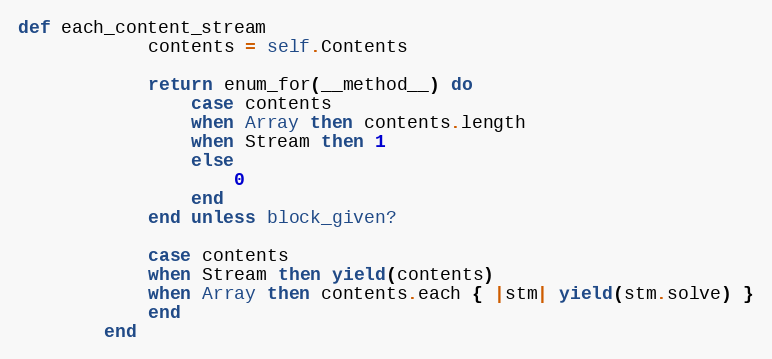
Language: Ruby
def each_content_stream
            contents = self.Contents

            return enum_for(__method__) do
                case contents
                when Array then contents.length
                when Stream then 1
                else
                    0
                end
            end unless block_given?

            case contents
            when Stream then yield(contents)
            when Array then contents.each { |stm| yield(stm.solve) }
            end
        end